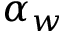
\alpha _ { w }